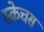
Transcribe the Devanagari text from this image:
स्केचस